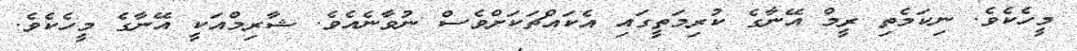
މީހެކެވެ. ނިކަމެތި ރީމް އޭނާގެ ކުރިމަތީގައި އެކައްޗަކަށްވެސް ނުވާނެއެވެ. ޝާރިމްއަކީ އޭނާގެ މީހެކެވެ.